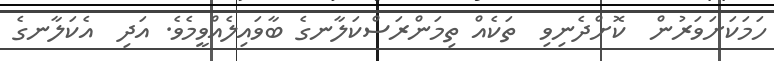
ހަމަކަށަވަރުން  ކޮށްދެނިވި  ތަކެއް ތިމަންރަސްކަލާނގެ ބާވައިލެއްވީމެވެ. އަދި  އެކަލާނގެ